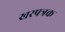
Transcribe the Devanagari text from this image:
खरपत्रक